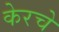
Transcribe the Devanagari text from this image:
केरचे